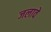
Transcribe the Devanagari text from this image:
जलावे